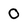
Character: 0